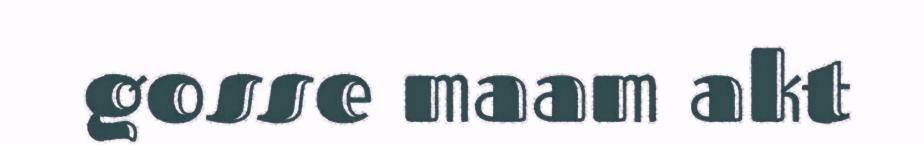
gosse maam akt